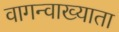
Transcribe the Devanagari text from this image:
वागन्वाख्याता